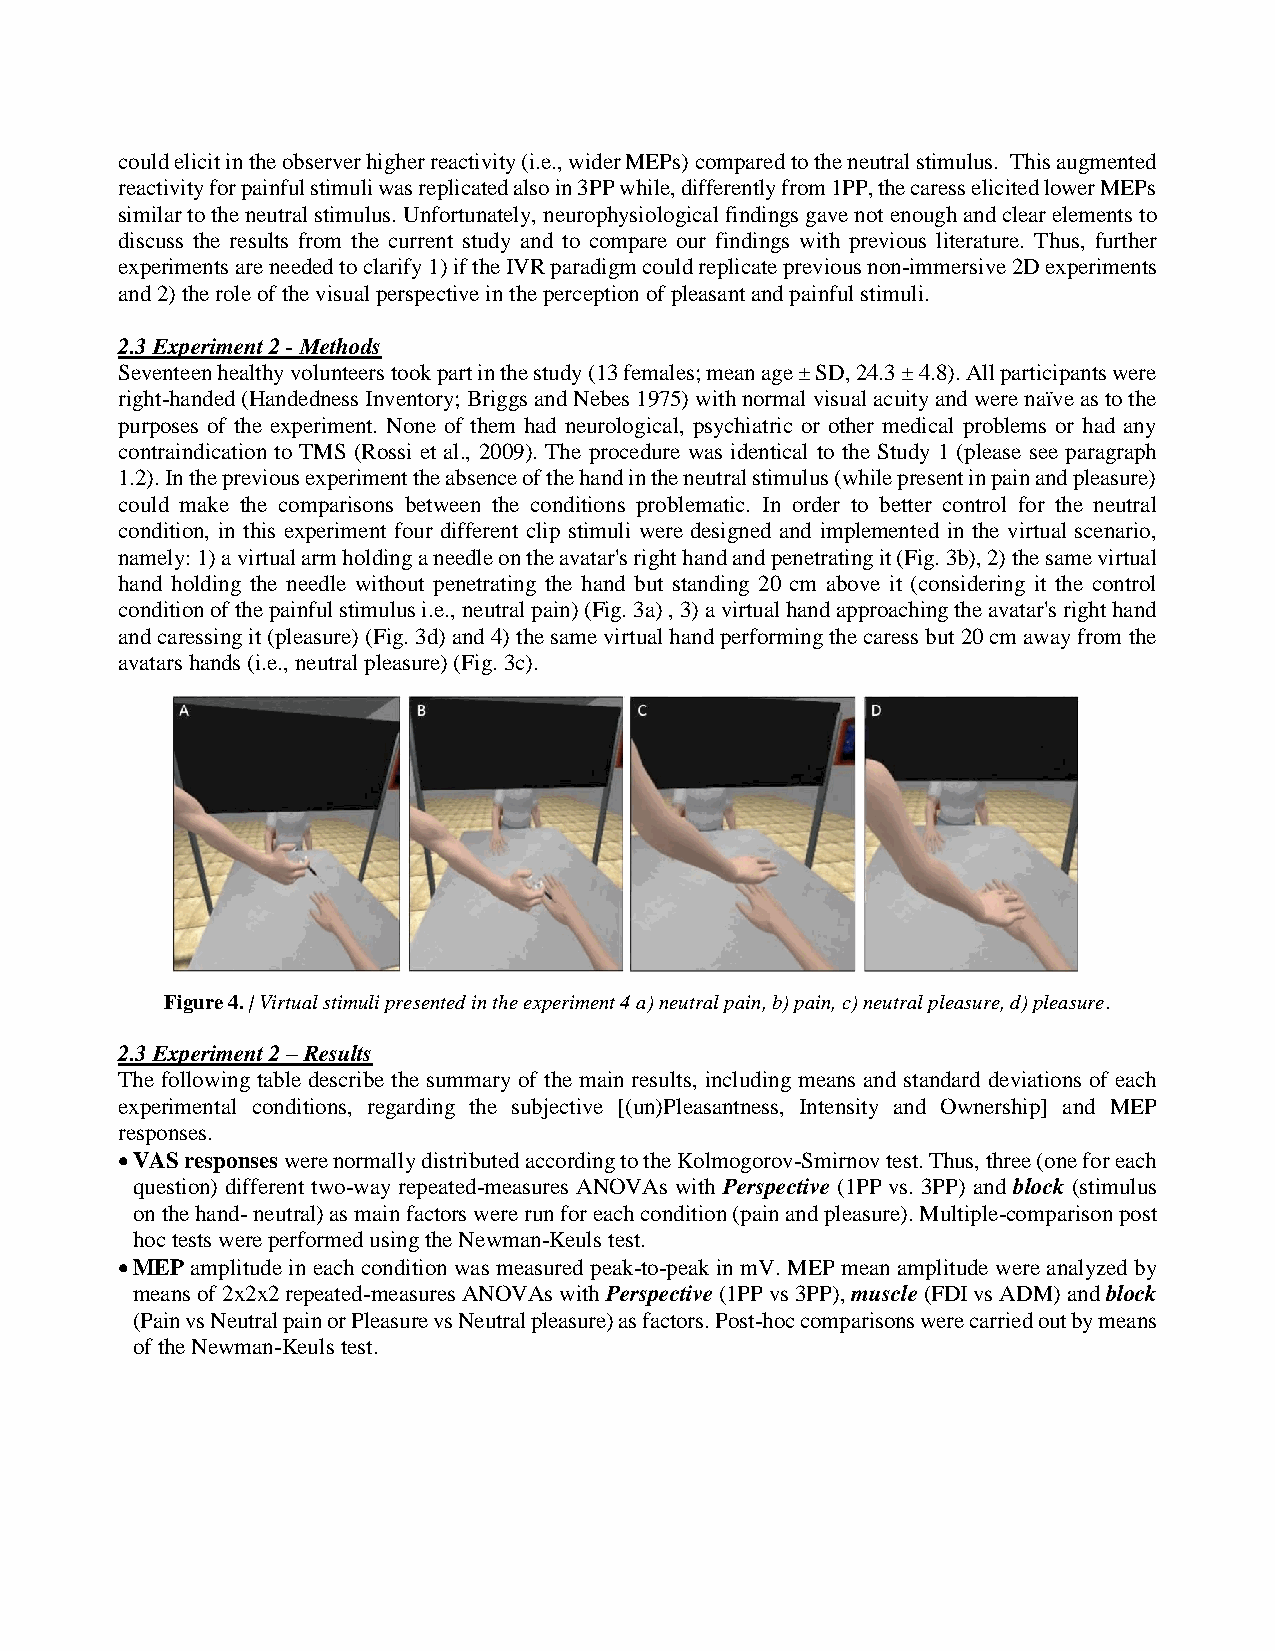
could elicit in the observer higher reactivity (i.e., wider MEPs) compared to the neutral stimulus. This augmented
 reactivity for painful stimuli was replicated also in 3PP while, differently from 1PP, the caress elicited lower MEPs
 similar to the neutral stimulus. Unfortunately, neurophysiological findings gave not enough and clear elements to
 discuss the results from the current study and to compare our findings with previous literature. Thus, further
 experiments are needed to clarify 1) if the IVR paradigm could replicate previous non-immersive 2D experiments
 and 2) the role of the visual perspective in the perception of pleasant and painful stimuli.
 2.3 Experiment 2 - Methods
 Seventeen healthy volunteers took part in the study (13 females; mean age ± SD, 24.3 ± 4.8). All participants were
 right-handed (Handedness Inventory; Briggs and Nebes 1975) with normal visual acuity and were naïve as to the
 purposes of the experiment. None of them had neurological, psychiatric or other medical problems or had any
 contraindication to TMS (Rossi et al., 2009). The procedure was identical to the Study 1 (please see paragraph
 1.2). In the previous experiment the absence of the hand in the neutral stimulus (while present in pain and pleasure)
 could make the comparisons between the conditions problematic. In order to better control for the neutral
 condition, in this experiment four different clip stimuli were designed and implemented in the virtual scenario,
 namely: 1) a virtual arm holding a needle on the avatar's right hand and penetrating it (Fig. 3b), 2) the same virtual
 hand holding the needle without penetrating the hand but standing 20 cm above it (considering it the control
 condition of the painful stimulus i.e., neutral pain) (Fig. 3a) , 3) a virtual hand approaching the avatar's right hand
 and caressing it (pleasure) (Fig. 3d) and 4) the same virtual hand performing the caress but 20 cm away from the
 avatars hands (i.e., neutral pleasure) (Fig. 3c).
 Figure 4. | Virtual stimuli presented in the experiment 4 a) neutral pain, b) pain, c) neutral pleasure, d) pleasure.
 2.3 Experiment 2 – Results
 The following table describe the summary of the main results, including means and standard deviations of each
 experimental conditions, regarding the subjective [(un)Pleasantness, Intensity and Ownership] and MEP
 responses.
 • VAS responses were normally distributed according to the Kolmogorov-Smirnov test. Thus, three (one for each
 question) different two-way repeated-measures ANOVAs with Perspective (1PP vs. 3PP) and block (stimulus
 on the hand- neutral) as main factors were run for each condition (pain and pleasure). Multiple-comparison post
 hoc tests were performed using the Newman-Keuls test.
 • MEP amplitude in each condition was measured peak-to-peak in mV. MEP mean amplitude were analyzed by
 means of 2x2x2 repeated-measures ANOVAs with Perspective (1PP vs 3PP), muscle (FDI vs ADM) and block
 (Pain vs Neutral pain or Pleasure vs Neutral pleasure) as factors. Post-hoc comparisons were carried out by means
 of the Newman-Keuls test.